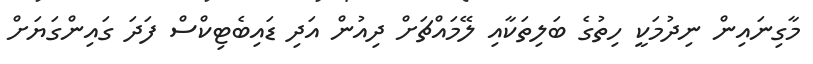
މާގިނައިން ނިދުމަކީ ހިތުގެ ބަލިތަކާއި ލޭމައްޗަށް ދިއުން އަދި ޑައިބެޓިކްސް ފަދަ ގައިންގަޔަށް